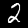
Label: 2